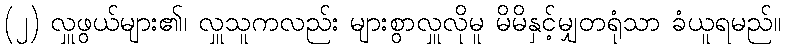
(၂) လှူဖွယ်များ၏၊ လှူသူကလည်း များစွာလှူလိုမူ မိမိနှင့်မျှတရုံသာ ခံယူရမည်။